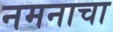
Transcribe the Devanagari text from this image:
नमनाचा